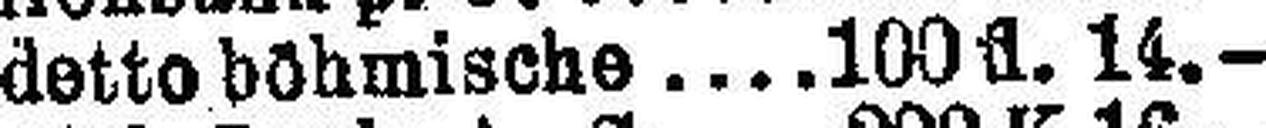
detto böhmische 100 fl. 14.—